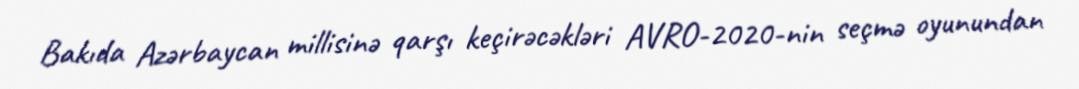
Bakıda Azərbaycan millisinə qarşı keçirəcəkləri AVRO-2020-nin seçmə oyunundan